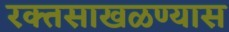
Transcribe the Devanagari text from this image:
रक्तसाखळण्यास